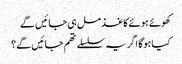
کھوئے ہوئے کاغذ مل ہی جائیں گے
کیا ہوگا اگر یہ سلسلے تھم جائیں گے؟